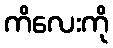
ကိလေးကို